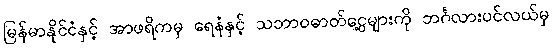
မြန်မာနိုင်ငံနှင့် အာဖရိကမှ ရေနံနှင့် သဘာဝဓာတ်ငွေ့များကို ဘင်္ဂလားပင်လယ်မှ